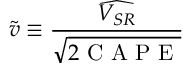
\widetilde { v } \equiv \frac { \widehat { V _ { S R } } } { \sqrt { 2 \mathrm { ~ C ~ A ~ P ~ E ~ } } }